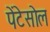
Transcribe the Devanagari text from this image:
पेंटेसोल